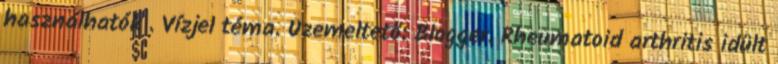
használhatók . Vízjel téma. Üzemeltető: Blogger. Rheumatoid arthritis idült